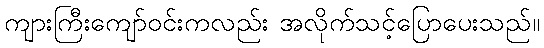
ကျားကြီးကျော်ဝင်းကလည်း အလိုက်သင့်ပြောပေးသည်။